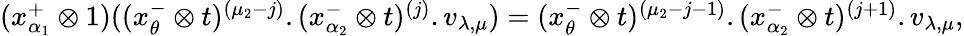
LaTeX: \begin{array}{l}{(x_{\alpha_{1}}^{+}\otimes 1)((x_{\theta}^{-}\otimes t)^{(\mu_{2}-j)}.(x_{\alpha_{2}}^{-}\otimes t)^{(j)}.v_{\lambda,\mu})=(x_{\theta}^{-}\otimes t)^{(\mu_{2}-j-1)}.(x_{\alpha_{2}}^{-}\otimes t)^{(j+1)}.v_{\lambda,\mu},}\end{array}